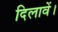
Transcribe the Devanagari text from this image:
दिलावें।